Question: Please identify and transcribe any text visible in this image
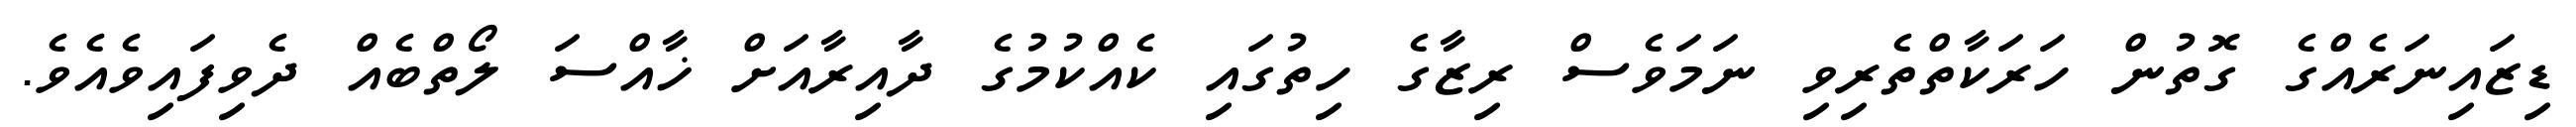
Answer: ޑިޒައިނަރެއްގެ ގޮތުން ހަރަކާތްތެރިވި ނަމަވެސް ރިޒާގެ ހިތުގައި ކެއްކުމުގެ ދާއިރާއަށް ޚާއްސަ ލޯތްބެއް ދެވިފައިވެއެވެ.